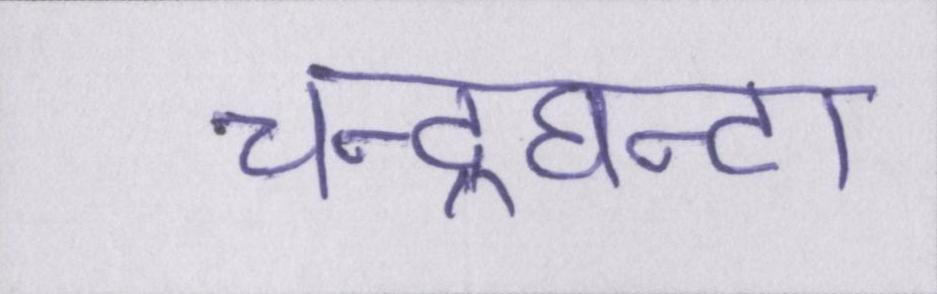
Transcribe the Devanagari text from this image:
चन्द्रघन्टा